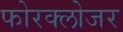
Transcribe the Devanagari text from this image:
फोरक्लोजर